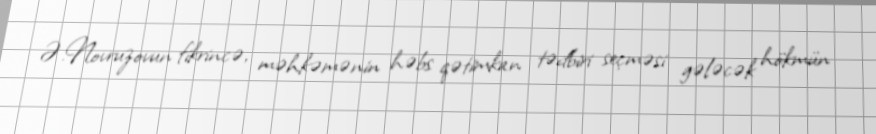
Ə.Novruzovun fikrincə, məhkəmənin həbs qətimkan tədbiri seçməsi gələcək hökmün